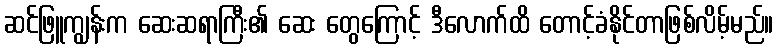
ဆင်ဖြူကျွန်းက ဆေးဆရာကြီး၏ ဆေး တွေကြောင့် ဒီလောက်ထိ တောင့်ခံနိုင်တာဖြစ်လိမ့်မည်။